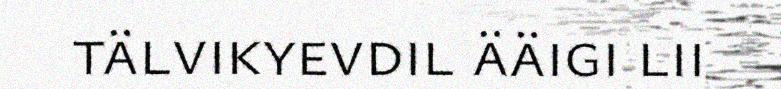
tälvikyevdil ääigi lii